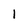
Character: 1